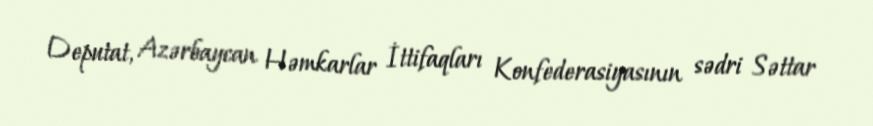
Deputat, Azərbaycan Həmkarlar İttifaqları Konfederasiyasının sədri Səttar